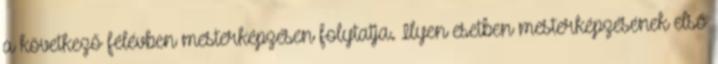
a következő félévben mesterképzésen folytatja. Ilyen esetben mesterképzésének első